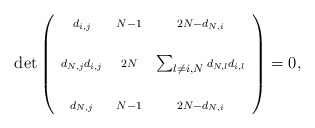
\begin{align*}\det\left(\begin{array}{ccc}\scriptstyle{d_{i,j}} & \scriptstyle{N-1} & \scriptstyle{2N-d_{N,i}} \\& & \\\scriptstyle{d_{N,j} d_{i,j}} & \scriptstyle{2N}& \sum_{l \not= i,N} \scriptstyle{d_{N,l} d_{i,l}} \\& & \\\scriptstyle{d_{N,j}} & \scriptstyle{N-1} & \scriptstyle{2N-d_{N,i}} \\\end{array}\right)= 0,\end{align*}